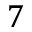
7